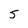
Character: 5